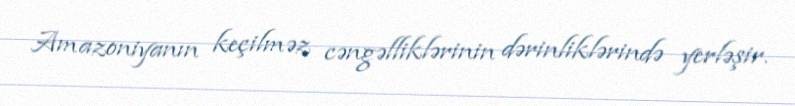
Amazoniyanın keçilməz cəngəlliklərinin dərinliklərində yerləşir.